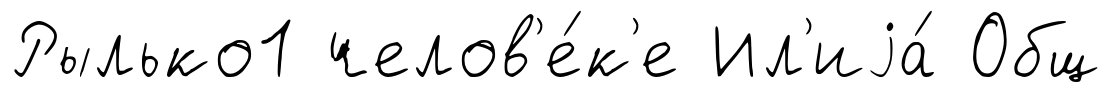
Рылько1 челов'е́к'е Ил'иjа́ Общ